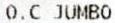
O.C JUMBO